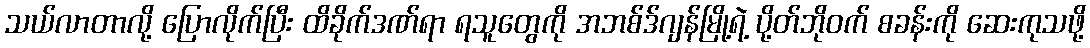
သယ်လာတာလို့ ပြောလိုက်ပြီး ထိခိုက်ဒဏ်ရာ ရသူတွေကို အဘစ်ဒ်ဂျန်မြို့ရဲ့ ပို့တ်ဘိုဝက် စခန်းကို ဆေးကုသဖို့